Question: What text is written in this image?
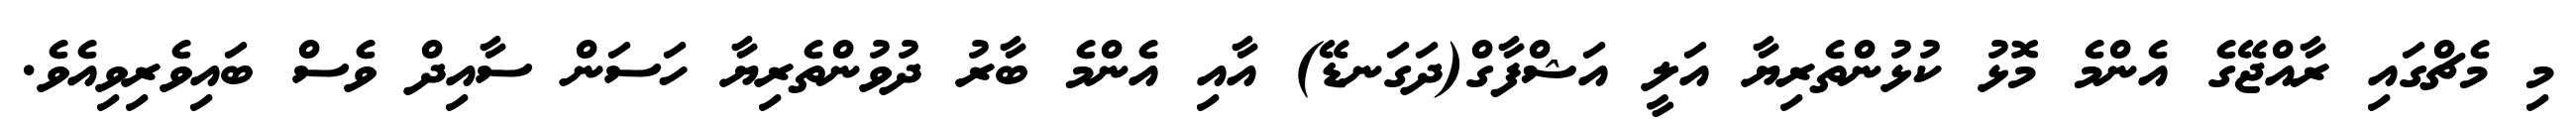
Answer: މި މެޗްގައި ރާއްޖޭގެ އެންމެ މޮޅު ކުޅުންތެރިޔާ އަލީ އަޝްފާގް(ދަގަނޑޭ) އާއި އެންމެ ބާރު ދުވުންތެރިޔާ ހަސަން ސާއިދް ވެސް ބައިވެރިވިއެވެ.